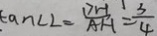
\tan \angle 2 = \frac { 7 H } { A H } = \frac { 3 } { 4 }